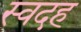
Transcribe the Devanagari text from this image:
स्वदह